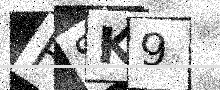
Text: FSK9